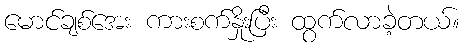
မောင်ချစ်အေး ကားစက်နှိုးပြီး ထွက်လာခဲ့တယ်။